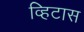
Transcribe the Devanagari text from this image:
व्हिटास